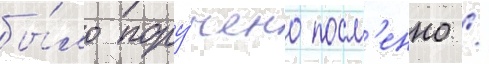
бы́ло пору́чено посм'енно /